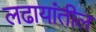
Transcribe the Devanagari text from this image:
लढायांतील